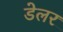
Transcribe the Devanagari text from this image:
डेलर